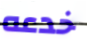
خدعه